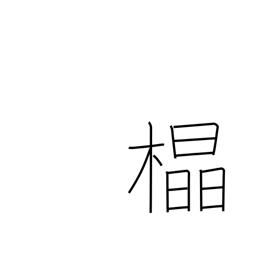
Meaning: straight grain